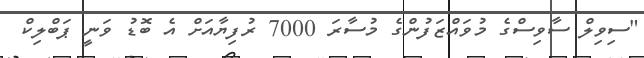
"ސިވިލް ސާވިސްގެ މުވައްޒަފުންގެ މުސާރަ 7000 ރުފިޔާއަށް އެ ބޮޑު ވަނީ ޕަބްލިކް